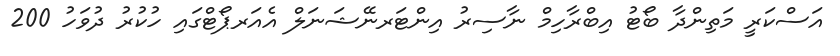
އަސްކަރީ މަތިންދާ ބޯޓު އިބްރާހިމް ނާސިރު އިންޓަރނޭޝަނަލް އެއަރޕޯޓްގައި ހުކުރު ދުވަހު 200